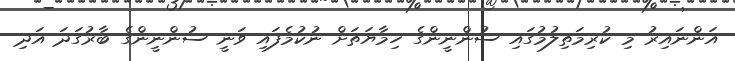
އަންނައިރު މި ކުރިމަތިލުމުގައި ސުންނީންގެ ހިމާޔަތަށް ނުކުމެފައި ވަނީ ސުންނީންގެ ބާރުގަދަ އަދި